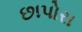
છાપોરા